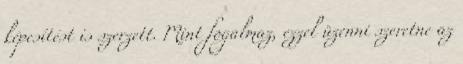
képesítést is szerzett. Mint fogalmaz, ezzel üzenni szeretne az